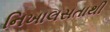
નિખાલસતાથી